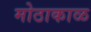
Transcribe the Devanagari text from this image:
मोठाकाळ